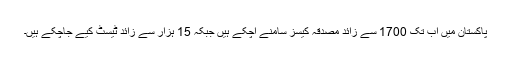
پاکستان میں اب تک 1700 سے زائد مصدقہ کیسز سامنے آچکے ہیں جبکہ 15 ہزار سے زائد ٹیسٹ کیے جاچکے ہیں۔